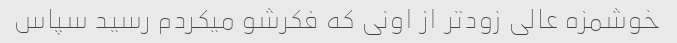
خوشمزه عالی زودتر از اونی که فکرشو میکردم رسید سپاس